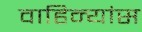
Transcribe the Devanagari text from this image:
वाहिन्यांस